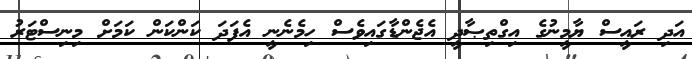
އަދި ރައީސް ޔާމީނުގެ އިގްތިޞާދީ އެޖެންޑާގައިވެސް ހިމެނެނީ އެފަދަ ކަންކަން ކަމަށް މިނިސްޓަރު